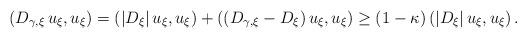
LaTeX: \begin{align*}\left(D_{\gamma,\xi}\,u_\xi,u_\xi\right)=\left(|D_{\xi}|\,u_\xi,u_\xi\right)+\left((D_{\gamma,\xi}-D_\xi)\,u_\xi,u_\xi\right)\geq (1-\kappa)\left(|D_{\xi}|\,u_\xi,u_\xi\right).\end{align*}